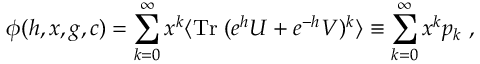
\phi ( h , x , g , c ) = \sum _ { k = 0 } ^ { \infty } x ^ { k } \langle \mathrm { T r } \; ( e ^ { h } U + e ^ { - h } V ) ^ { k } \rangle \equiv \sum _ { k = 0 } ^ { \infty } x ^ { k } p _ { k } \ ,